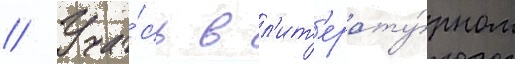
// Уча́сь в л'ит'ерату́рном